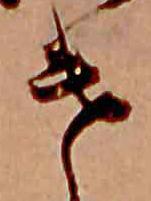
け